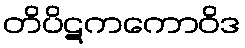
တိပိဋကကောဝိဒ